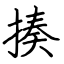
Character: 揍